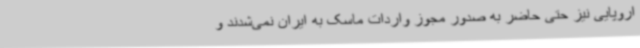
اروپایی نیز حتی حاضر به صدور مجوز واردات ماسک به ایران نمی‌شدند و